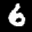
Label: 6